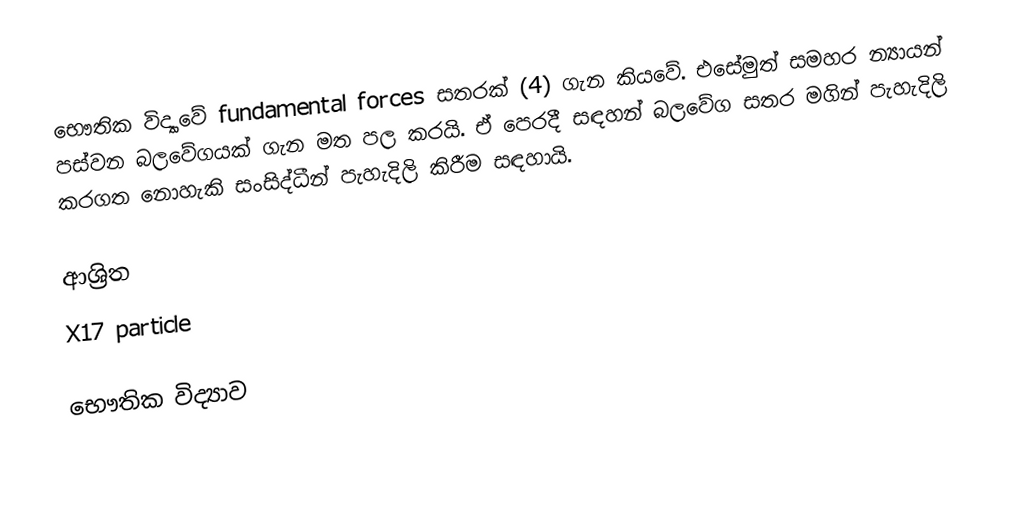
භෞතික විද්‍යාවේ fundamental forces සතරක් (4) ගැන කියවේ. එසේමුත් සමහර න්‍යායන් පස්වන බලවේගයක් ගැන මත පල කරයි. ඒ පෙරදී සඳහන් බලවේග සතර මගින් පැහැදිලි කරගත නොහැකි සංසිද්ධීන් පැහැදිලි කිරීම සඳහායි.

ආශ්‍රිත
 X17 particle

භෞතික විද්‍යාව